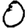
Digit: 0